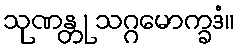
သုဏန္တု သဂ္ဂမောက္ခဒံ။